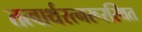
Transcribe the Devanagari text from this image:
तत्वार्थरत्नरूरस्थित